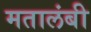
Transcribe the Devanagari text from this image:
मतालंबी